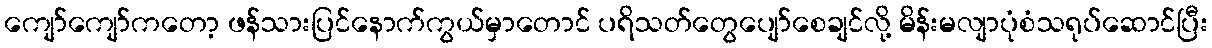
ကျော်ကျော်ကတော့ ဖန်သားပြင်နောက်ကွယ်မှာတောင် ပရိသတ်တွေပျော်စေချင်လို့ မိန်းမလျာပုံစံသရုပ်ဆောင်ပြီး